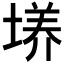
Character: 𡏆